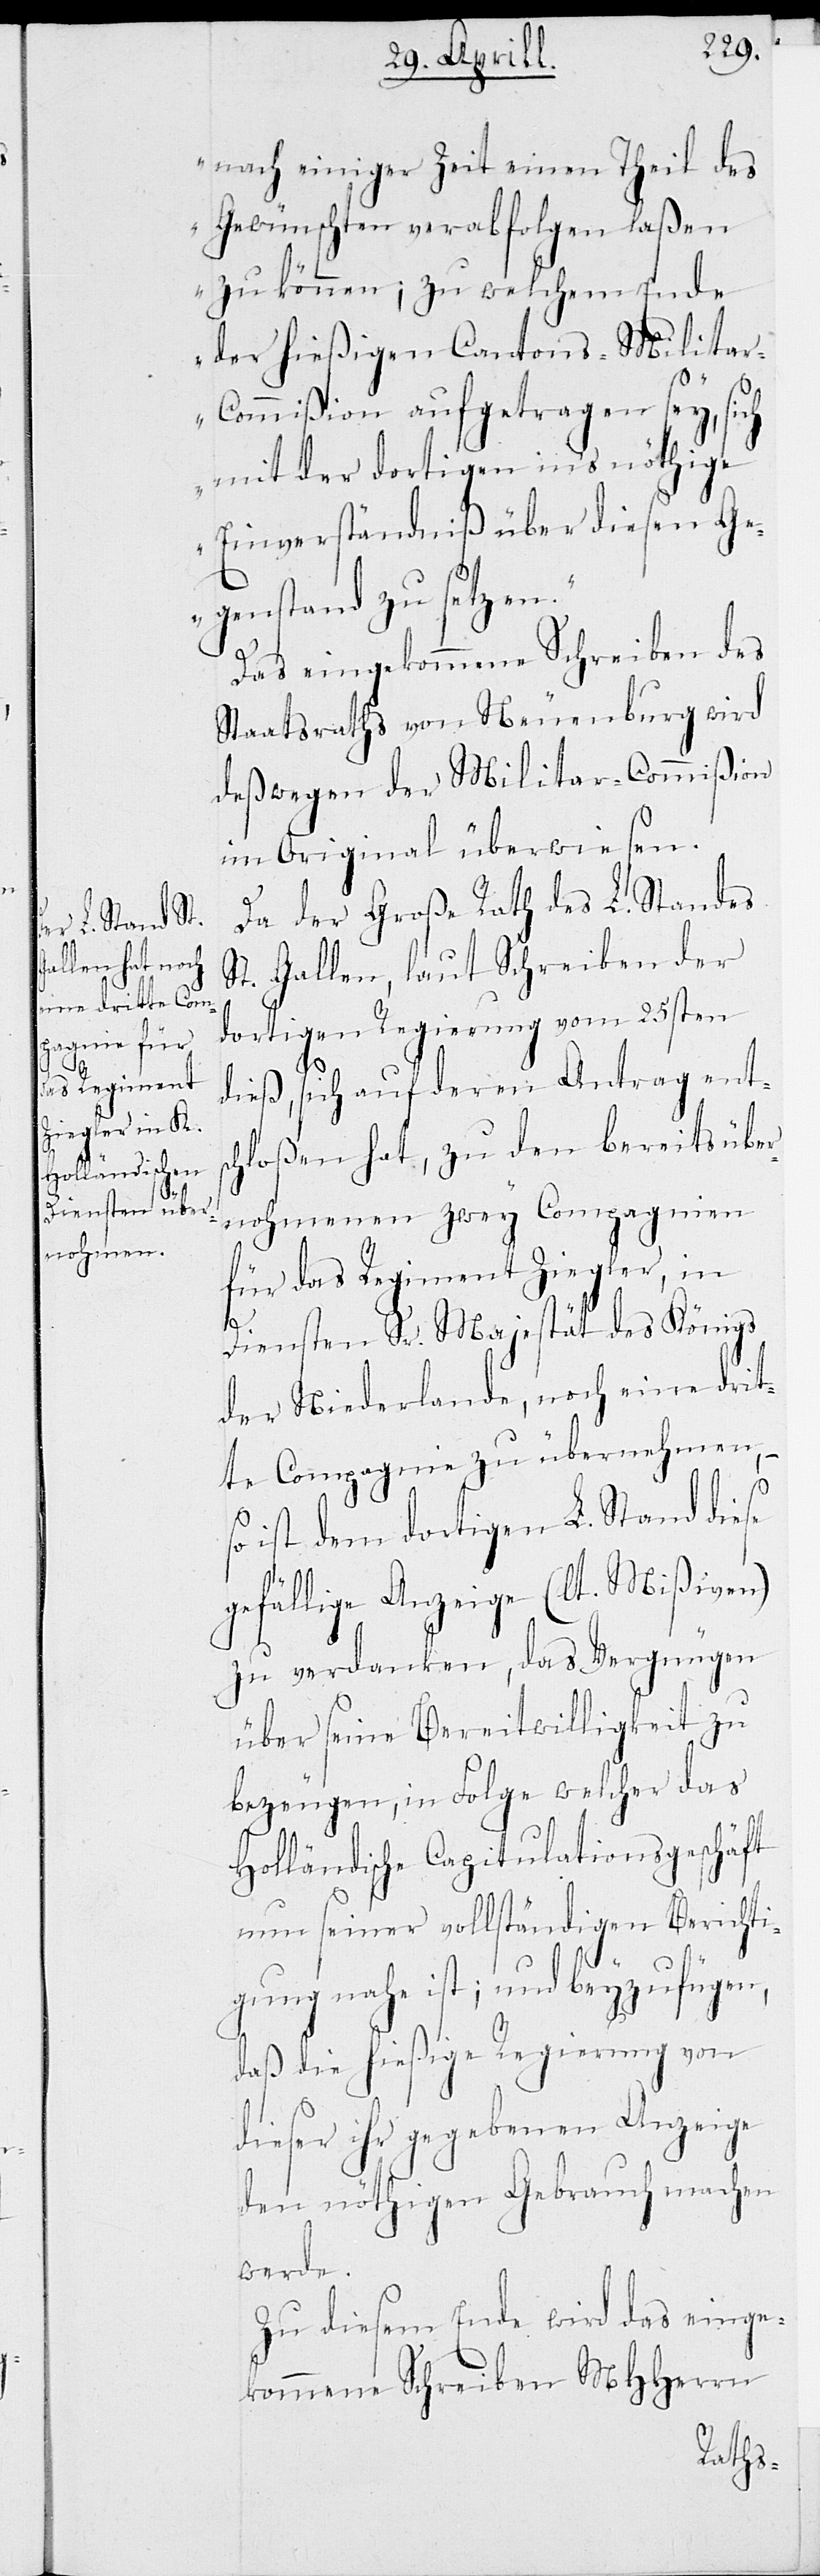
nach einiger Zeit einen Theil des
Gewünschten verabfolgen laßen
zu können; zu welchem Ende
der hießigen Cantons-Milita¬
r-Commißion aufgetragen sey, si¬
mit der dortigen ins nöthige
Einverständniß über diesen Ge¬
genstand zu setzen.“
Das eingekommene Schreiben des
Staatsraths von Neuenburg wird
deßwegen der Militar-Commißion
im Original überwiesen.
Da der Große Rath des L. Standes
St. Gallen, laut Schreiben der
dortigen Regierung vom 25sten
dieß, sich auf deren Antrag ents¬
chloßen hat, zu den bereits über¬
nohmenen zwey Compagnien
für das Regiment Ziegler, in
Diensten Sr. Majestät des Königs
der Niederlande, noch eine drit¬
te Compagnie zu übernehmen,
–
so ist dem dortigen Stand diese
gefällige Anzeige (lt. Mißiven)
zu verdanken, das Vergnügen
über seine Bereitwilligkeit zu
bezeugen, in Folge welcher das
Holländische Capitulationsgeschäft
nun seiner vollständigen Berichti¬
gung nahe ist; und beyzufügen,
daß die hießige Regierung von
dieser ihr gegebenen Anzeige
den nöthigen Gebrauch machen
werde.
Zu diesem Ende wird das einge¬
kommene Schreiben MHHerrn